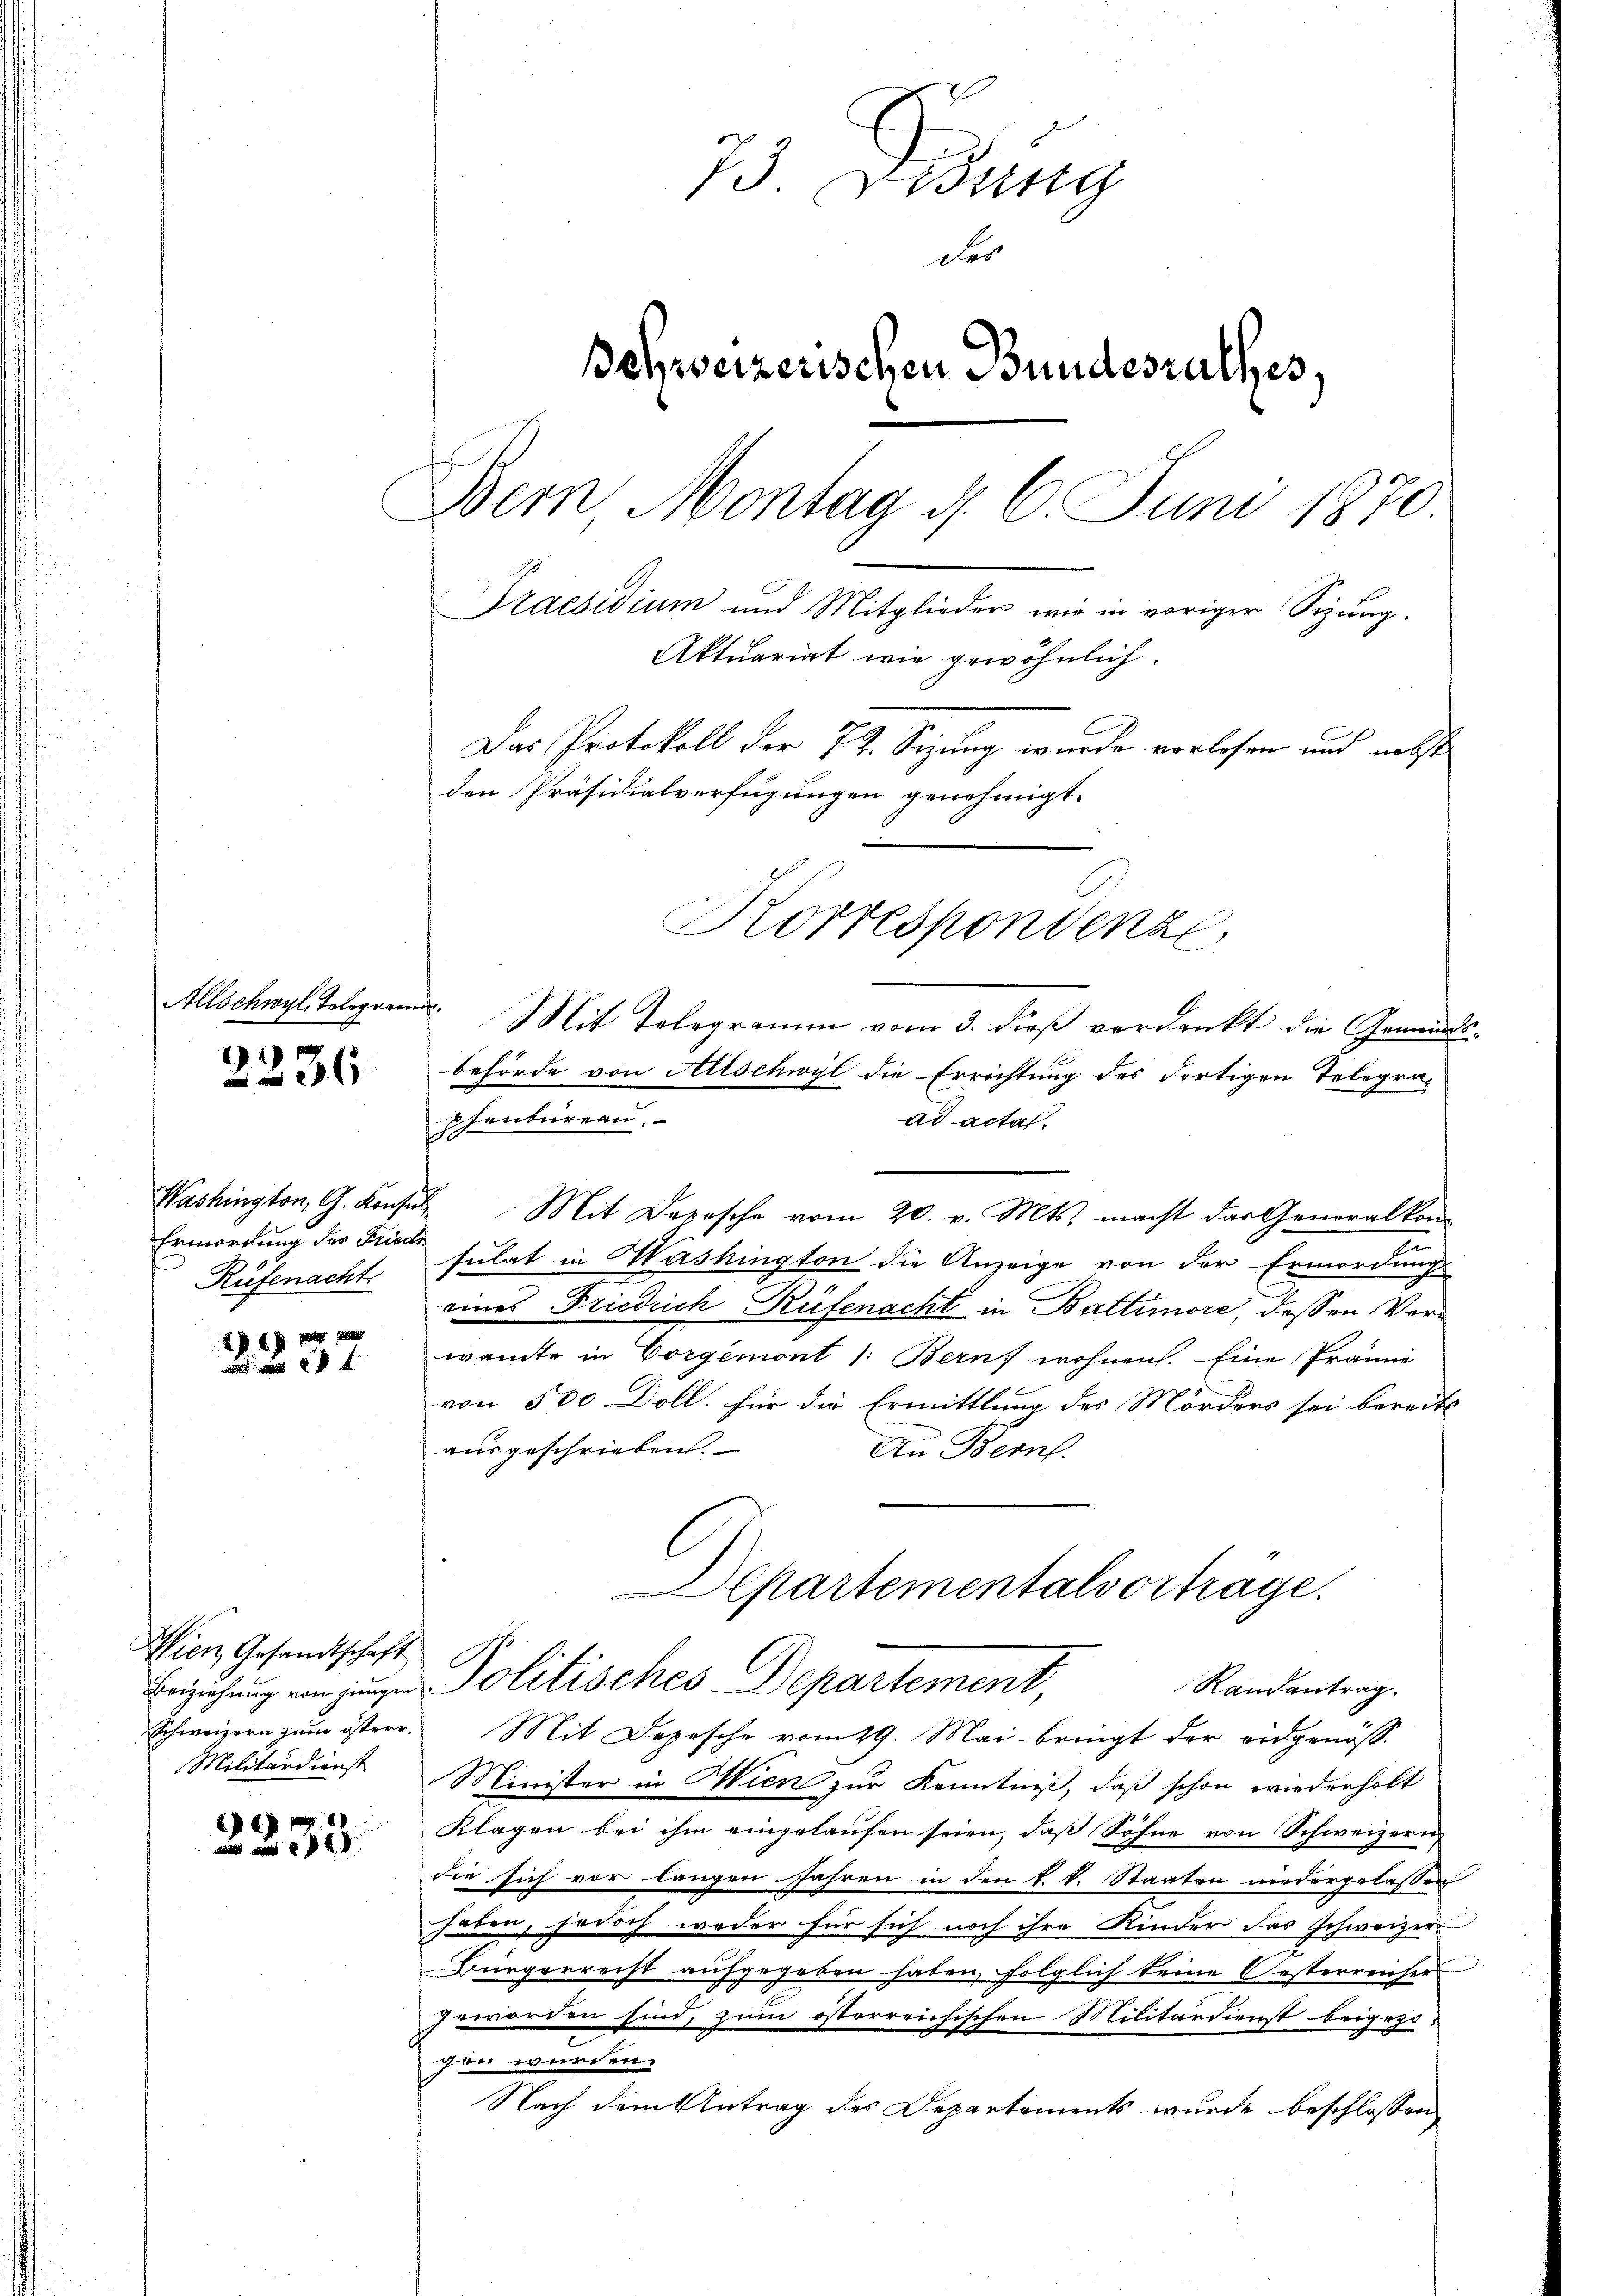
Allschwyl, Telegram

1
1

Ermordung des Friede
Rüfenacht.

6 f

Wien, Gesandtschaft
Schweizern zum österr
Militärdienst

2235.

73. Didung
des
Schweizerischen Bundesrathes,
Dem Montag d. 6. Juni 1870.
Praesidium und Mitglieder wie in voriger Sizung.
Aktuariat wie gewöhnlich.
Das Protokoll der 72. Seizung wurde vorlesen und nebst
den Präsidialverfügungen genehmigt.
Korrespondenze,

¬
Washington, G. Konsul Mit Depesche vom 20. v. Mts. macht das Generalkon-
zu
sulat in Washington die Anzeige von der Ermordung
eines Friedrich Rüfenacht in Baltimore, dessen Verwante in Vorgemont 1: Bern, wohnen. Eine Prämie
von 500 Doll. für die Ermittlung des Mörders sei bereits
ausgeschrieben.
An Bern
Chartementalvortrage.
Beziehung von jene Politisches Departement,
Randantrag.
Mit Depesche vom 29. Mai bringt der eidgenöß¬
Minister in Wien zur Kenntniß, daß schon wiederholt
Klagen bei ihm eingelaufen seien, daß Söhne von Schweizern,
die sich vor langen Jahren in den k. k. Staaten niedergelassen
haben, horoch weder für sich noch ihre Kinder das schweizer
Bürgerrecht aufgegeben haben, folglich keine Oesterreicher
Geworden sind, zum österreichischen Militärdienst beigezogen würden.
Nach dem Antrag des Departements wurde beschlossen

Mit Telegramm vom 3. dieβ verdankt die Gemeindsbehörde von Allschwyl die Errichtung des Fortigen Telegra-
phenbureau.
ad acta.